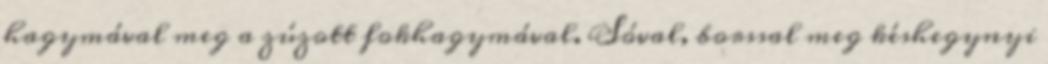
hagymával meg a zúzott fokhagymával. Sóval, borssal meg késhegynyi